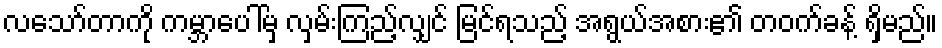
လသော်တာကို ကမ္ဘာပေါ်မှ လှမ်းကြည့်လျှင် မြင်ရသည့် အရွယ်အစား၏ တဝက်ခန့် ရှိမည်။